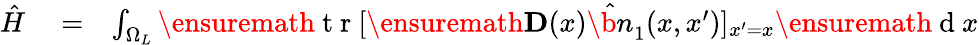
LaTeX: \begin{array}{rlr}{\hat{H}}&{{}=}&{\int_{\Omega_{L}}\ensuremath{\mathrm{~t~r~}}[\ensuremath{\mathbf{D}}(x)\hat{\b{n}}_{1}(x,x^{\prime})]_{x^{\prime}=x}\ensuremath{\mathrm{~d~}}x}\end{array}